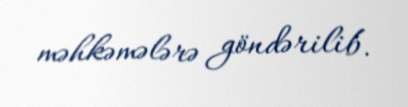
məhkəmələrə göndərilib.